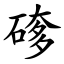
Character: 䃎